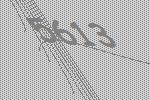
5613